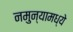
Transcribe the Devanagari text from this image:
नमुन्यामध्ये